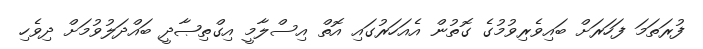
ފުރަތަމަ ފަހަރަށް ބައިވެރިވުމުގެ ގޮތުން އެއަހަރުގައި އޮތް އިސްލާމީ އިގްތިޞާދީ ބައްދަލުވުމަށް ދިވެހި